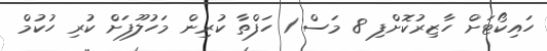
ހައިކޯޓަށް ހާޒިރުކޮށްފި 8 މަސް 1 ހަފްތާ ކުރިން މަހުލޫފަށް ކުރި ހުކުމް